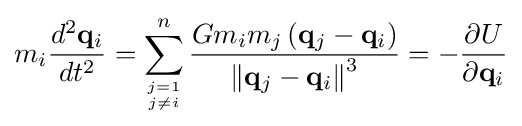
m_{i}{\frac {d^{2}\mathbf {q} _{i}}{dt^{2}}}=\sum _{j=1 \atop j\neq i}^{n}{\frac {Gm_{i}m_{j}\left(\mathbf {q} _{j}-\mathbf {q} _{i}\right)}{\left\|\mathbf {q} _{j}-\mathbf {q} _{i}\right\|^{3}}}=-{\frac {\partial U}{\partial \mathbf {q} _{i}}}